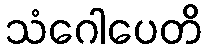
သံဂေါပေတိ